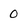
Character: 0